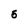
Character: 5